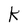
Character: K